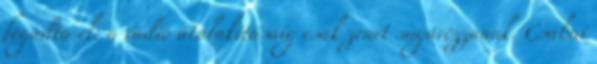
fogadta el: a rádió átalakításáig csak zenét sugározzanak. Csabai